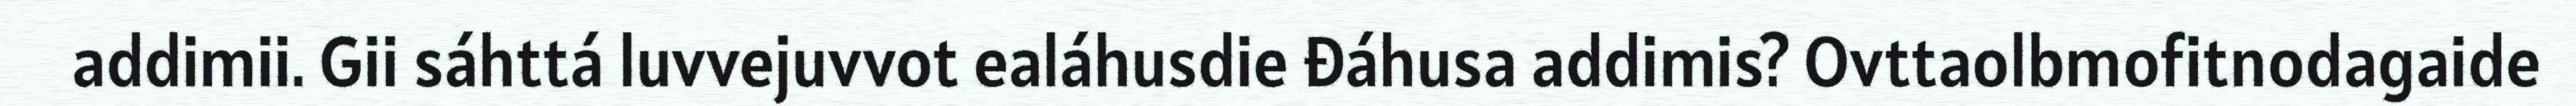
addimii. Gii sáhttá luvvejuvvot ealáhusdie đáhusa addimis? Ovttaolbmofitnodagaide